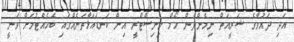
އަދި ދައުވާގެ ޝަރީއަތް ނިމެންދެން ހޯމް މިނިސްޓްރީ އިން ކަނޑައަޅާތަނެއްގައި ބެހެއްޓުމަށް ވަނީ